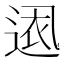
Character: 𮞕